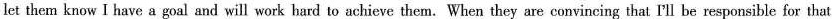
let them know I have a goal and will work hard to achieve them. When they are convincing that Ill be responsible for that